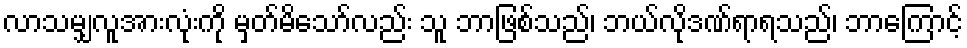
လာသမျှလူအားလုံးကို မှတ်မိသော်လည်း သူ ဘာဖြစ်သည်၊ ဘယ်လိုဒဏ်ရာရသည်၊ ဘာကြောင့်